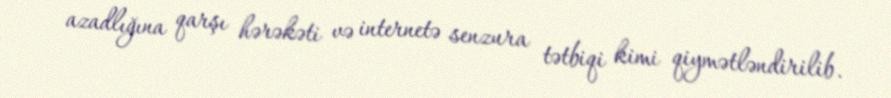
azadlığına qarşı hərəkəti və internetə senzura tətbiqi kimi qiymətləndirilib.